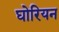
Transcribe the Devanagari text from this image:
घोरियन